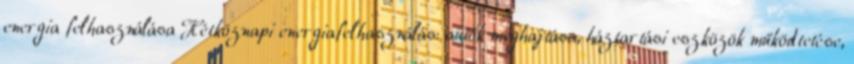
energia felhasználása Hétköznapi energiafelhasználás: autók meghajtása, háztartási eszközök működtetése,